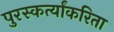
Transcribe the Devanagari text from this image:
पुरस्कर्त्यांकरिता